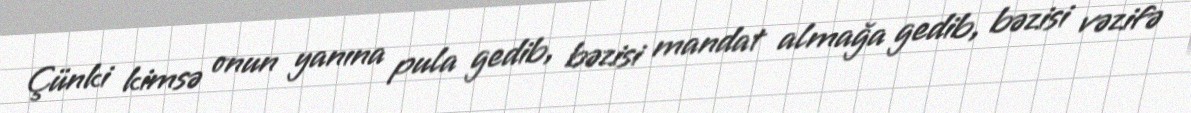
Çünki kimsə onun yanına pula gedib, bəzisi mandat almağa gedib, bəzisi vəzifə